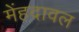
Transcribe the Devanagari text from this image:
मेंहदावल